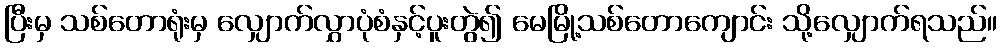
ပြီးမှ သစ်တောရုံးမှ လျှောက်လွှာပုံစံနှင့်ပူးတွဲ၍ မေမြို့သစ်တောကျောင်း သို့လျှောက်ရသည်။